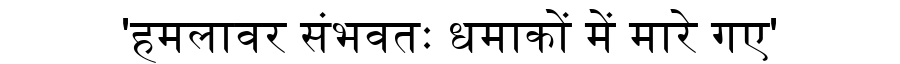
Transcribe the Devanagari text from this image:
'हमलावर संभवतः धमाकों में मारे गए'